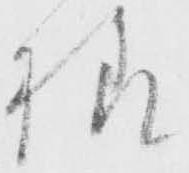
様